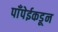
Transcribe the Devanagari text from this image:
पाँपेईकडून